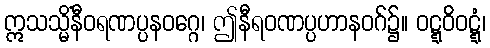
ဣသသ္မိံနီဝရဏပ္ပနဝဂ္ဂေ၊ ဤနီရဝဏပ္ပဟာနဝဂ်၌။ ဝဋ္ဋဝိဝဋ္ဋံ၊